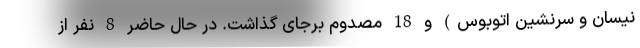
نیسان و سرنشین اتوبوس) و 18 مصدوم برجای گذاشت. در حال حاضر 8 نفر از